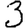
Digit: 3